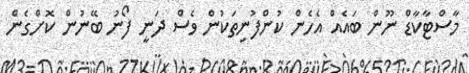
މާސްޓާކާޑް ނޫން ބައެއް އެހެން ކުންފުނިތަކުން ވެސް ދަނީ ފޯނު ބޭނުން ކޮށްގެން